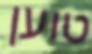
טוען